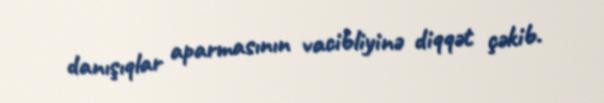
danışıqlar aparmasının vacibliyinə diqqət çəkib.